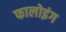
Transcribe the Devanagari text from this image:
फालोइंग